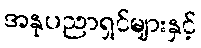
အနုပညာရှင်များနှင့်